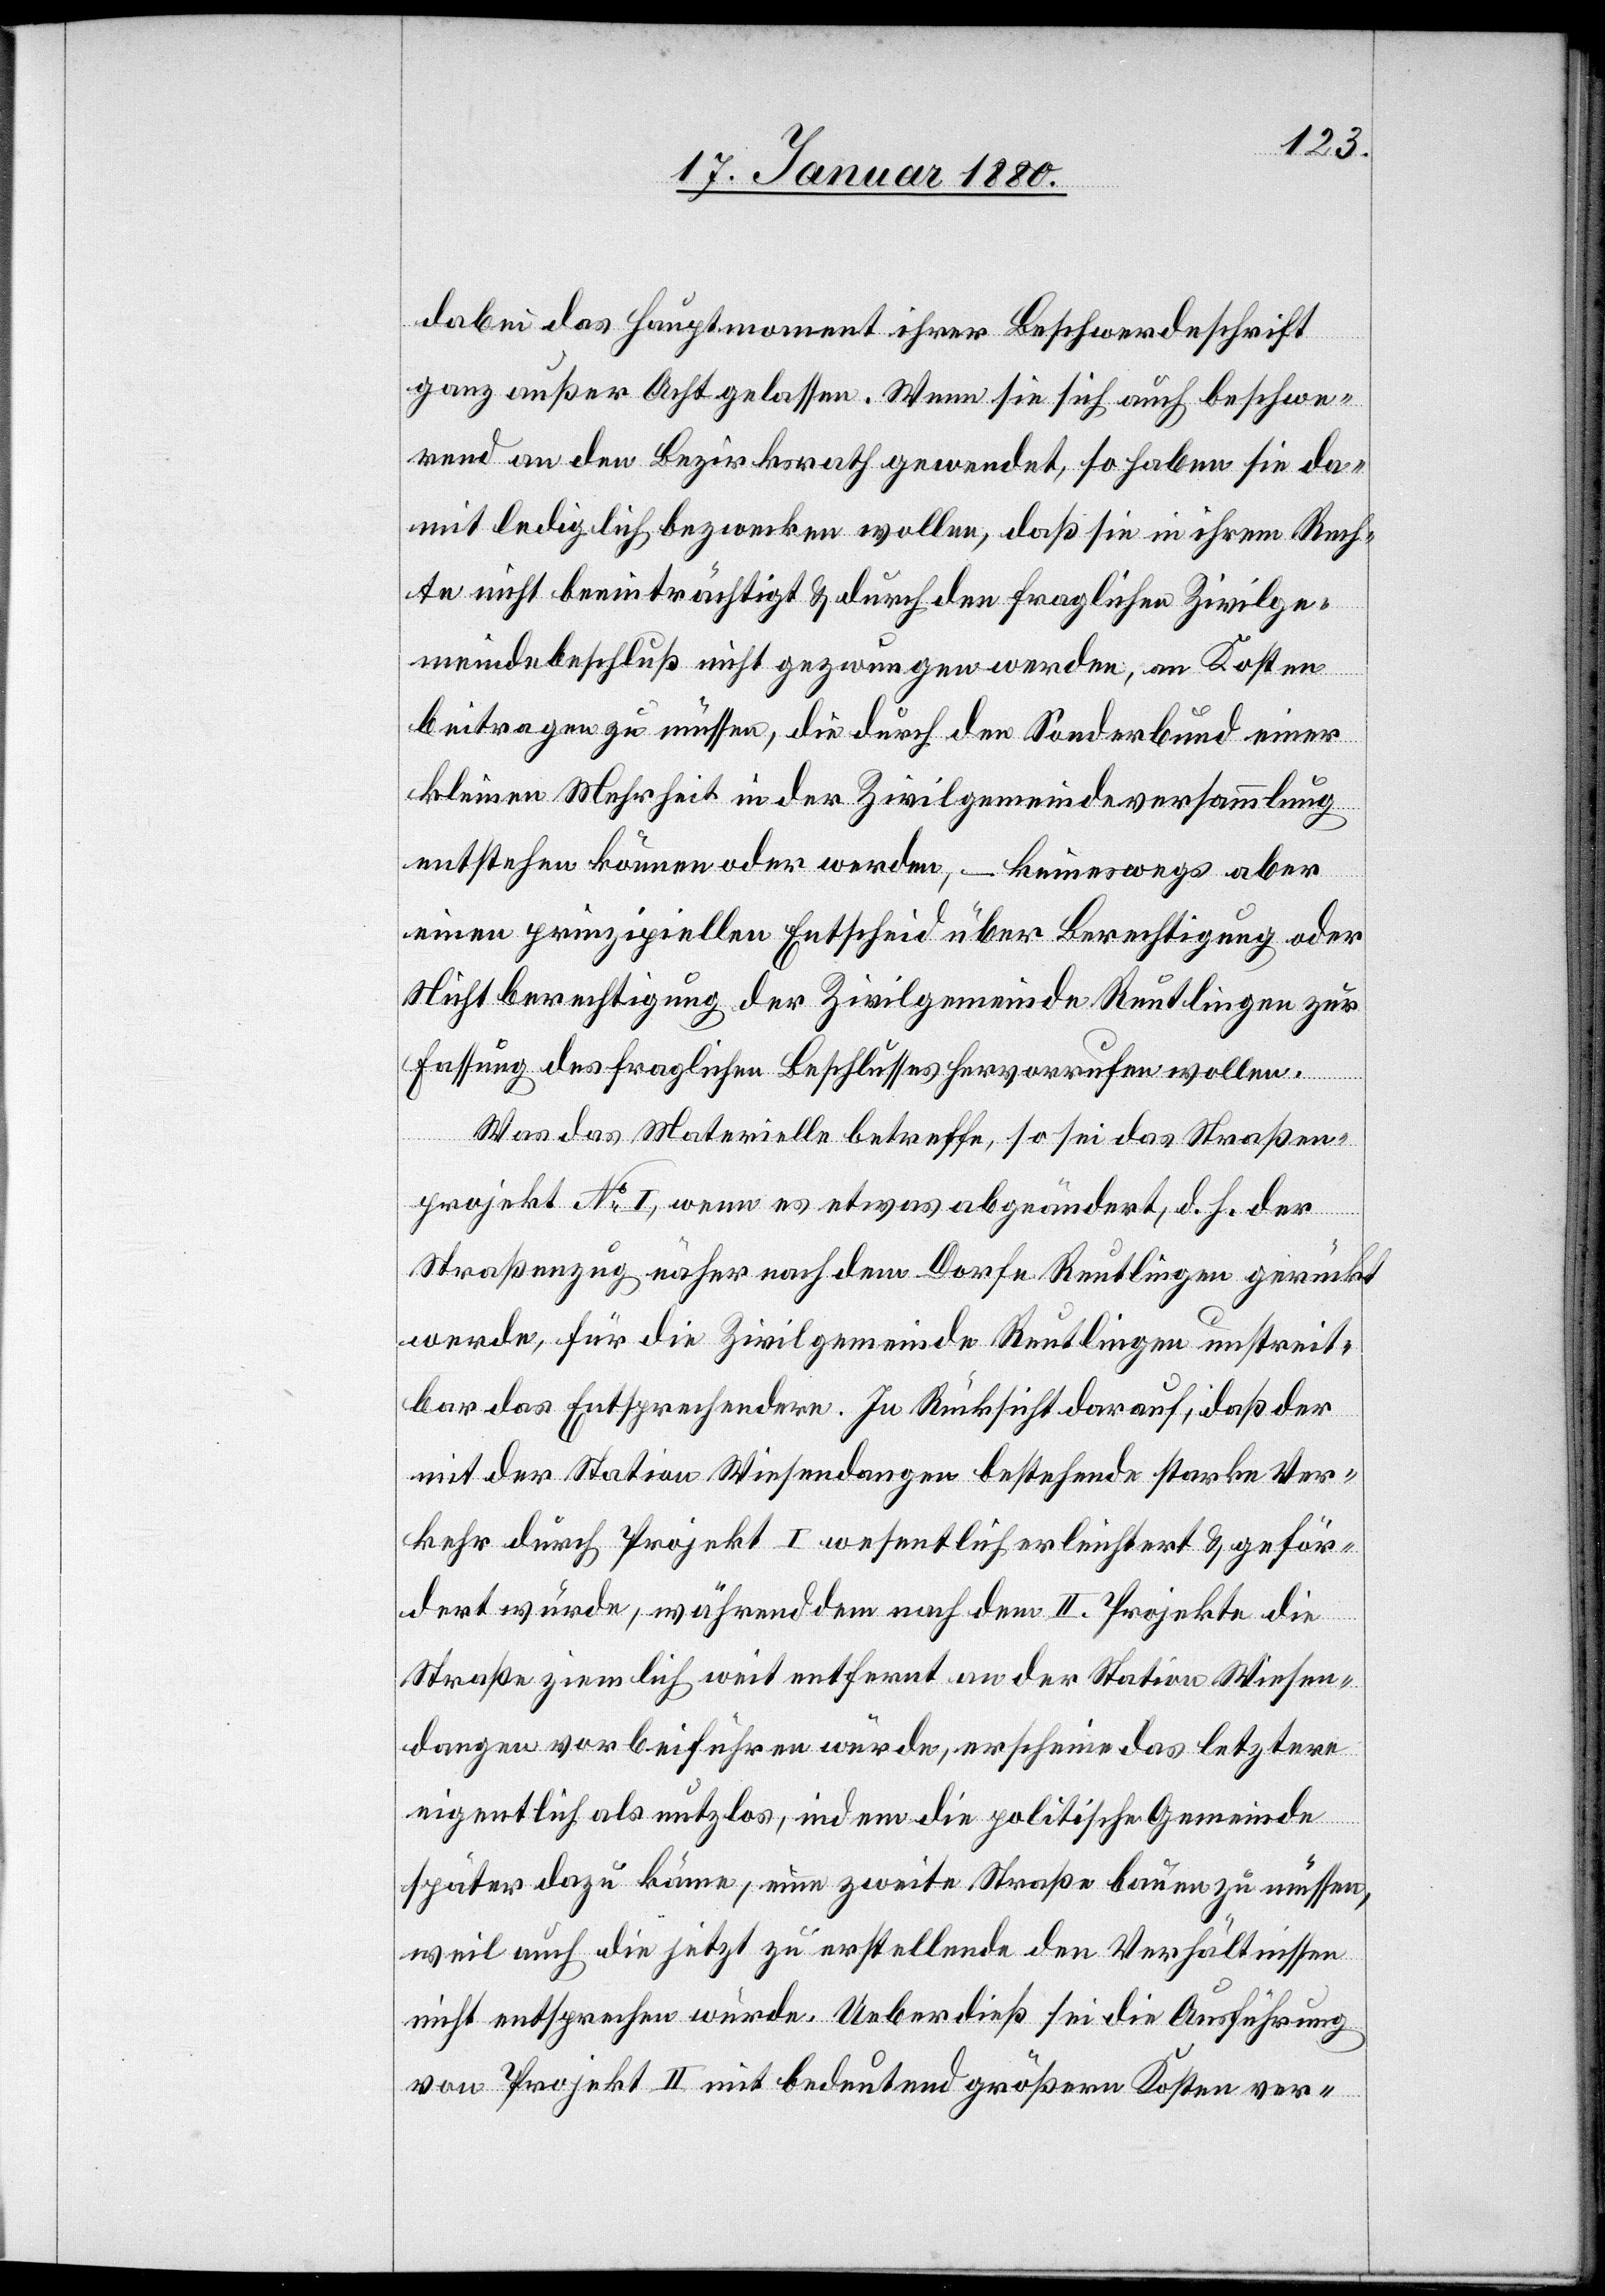
dabei das Hauptargument ihrer Beschwerdeschrift
ganz außer Acht gelassen. Wenn sie sich auch beschwe¬
rend an den Bezirksrath gewendet, so haben sie da¬
mit lediglich bezwecken wollen, daß sie in ihrem Rech¬
te nicht beeinträchtigt & durch den fraglichen Zivilge¬
meindebeschluß nicht gezwungen werden, an Kosten
beitragen zu müssen, die durch den Sonderbund einer
kleinen Mehrheit in der Zivilgemeindeversammlung
entstehen können oder werden, – keineswegs aber
einen prinzipiellen Entscheid über Berechtigung oder
Nichtberechtigung der Zivilgemeinde Reutlingen zur
Fassung des fraglichen Beschlusses hervorrufen wollen.
Was das Materielle betreffe, so sei das Straßen¬
projekt No I, wenn es etwas abgeändert, d. h. der
Straßenzug näher nach dem Dorfe Reutlingen gerückt
werde, für die Zivilgemeinde Reutlingen unstreit¬
bar das Entsprechendere. In Rücksicht darauf, daß der
mit der Station Wiesendangen bestehende starke Ver¬
kehr durch Projekt I wesentlich erleichtert & geför¬
dert würde, während dem nach dem II. Projekte die
Straße ziemlich weit entfernt an der Station Wiesen¬
dangen vorbeiführen würde, erscheine das letztere
eigentlich als nutzlos, indem die politische Gemeinde
später dazu käme, eine zweite Straße bauen zu müssen,
weil auch die jetzt zu erstellende den Verhältnissen
nicht entsprechen würde. Ueberdieß sei die Ausführung
von Projekt II mit bedeutend größern Kosten ver-